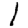
Digit: 1